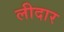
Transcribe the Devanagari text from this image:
लीदार